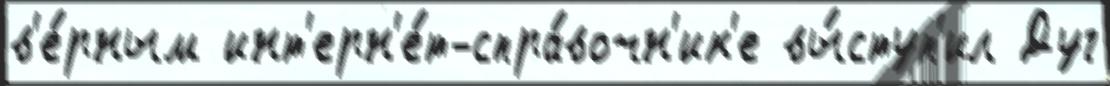
в'е́рным инт'ерн'е́т-спра́вочн'ик'е вы́ступ'ил Дуг